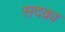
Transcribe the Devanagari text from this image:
सदक़ा